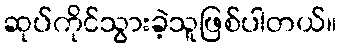
ဆုပ်ကိုင်သွားခဲ့သူဖြစ်ပါတယ်။